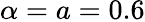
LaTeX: \alpha=a=0.6